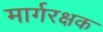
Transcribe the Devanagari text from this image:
मार्गरक्षक